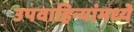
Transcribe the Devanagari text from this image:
उपवाहिन्यांमध्ये